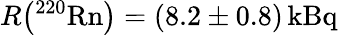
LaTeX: R\big(\mathrm{^{220}Rn}\big)=(8.2\pm 0.8)\, \mathrm{kBq}